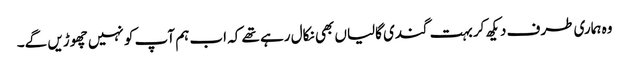
وہ ہماری طرف دیکھ کر بہت گندی گالیاں بھی نکال رہے تھے کہ اب ہم آپ کو نہیں چھوڑیں گے۔